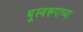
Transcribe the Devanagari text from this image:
भूस्वरूपाच्या